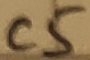
Text: C5